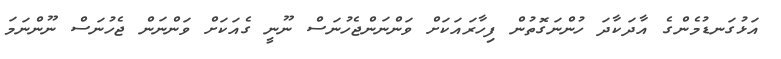
އަޅުގަނޑުމެންގެ އާދަކާދަ ހުންނަގޮތުން ފިހާރައަކަށް ވަންނަންޖެހުނަސް ނޫނީ ގެއަކަށް ވަންނަން ޖެހުނަސް ނޫންނަމަ